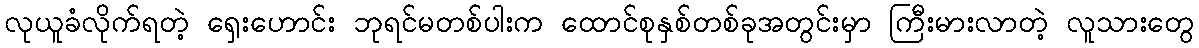
လုယူခံလိုက်ရတဲ့ ရှေးဟောင်း ဘုရင်မတစ်ပါးက ထောင်စုနှစ်တစ်ခုအတွင်းမှာ ကြီးမားလာတဲ့ လူသားတွေ